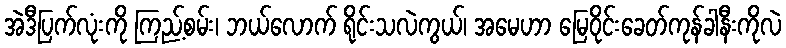
အဲဒီပြက်လုံးကို ကြည့်စမ်း၊ ဘယ်လောက် ရိုင်းသလဲကွယ်၊ အမေဟာ မြေဝိုင်းခေတ်ကုန်ခါနီးကိုလဲ